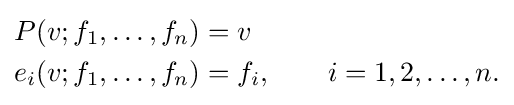
{\begin{aligned}P(v;f_{1},\dots ,f_{n})&=v\\e_{i}(v;f_{1},\dots ,f_{n})&=f_{i},\qquad i=1,2,\dots ,n.\end{aligned}}